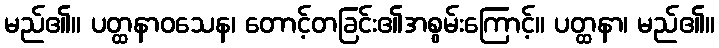
မည်၏။ ပတ္ထနာဝသေန၊ တောင့်တခြင်း၏အစွမ်းကြောင့်။ ပတ္ထနာ၊ မည်၏။